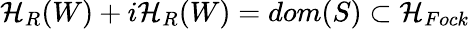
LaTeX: {\cal H}_{R}(W)+i{\cal H}_{R}(W)=dom(S)\subset{\cal H}_{Fock}